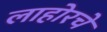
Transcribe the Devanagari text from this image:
लाहोरचे